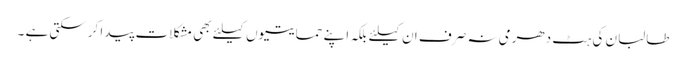
طالبان کی ہٹ دھرمی نہ صرف ان کیلئے بلکہ اپنے حمایتیوں کیلئے بھی مشکلات پیدا کرسکتی ہے ۔